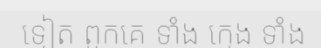
ទៀត ពួកគេ ទាំង ក្មេង ទាំង